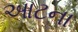
આટના